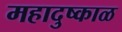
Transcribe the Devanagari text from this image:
महादुष्काळ